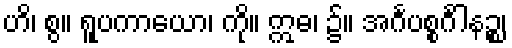
ဟိ၊ စွ။ ရူပကာယော၊ ကို။ ဣဓ၊ ၌။ အင်္ဂပစ္စင်္ဂါနဉ္စ၊